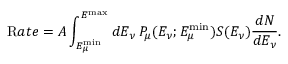
{ \mathrm R a t e } = A \int _ { E _ { \mu } ^ { \mathrm { m i n } } } ^ { E ^ { \mathrm { m a x } } } d E _ { \nu } \: P _ { \mu } ( E _ { \nu } ; E _ { \mu } ^ { \mathrm { m i n } } ) S ( E _ { \nu } ) { \frac { d N } { d E _ { \nu } } } .